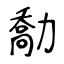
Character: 勪